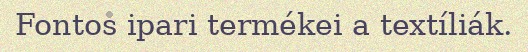
Fontos ipari termékei a textíliák.